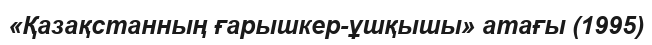
«Қазақстанның ғарышкер-ұшқышы» атағы (1995)